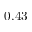
0 . 4 3